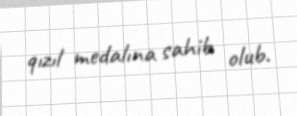
qızıl medalına sahib olub.